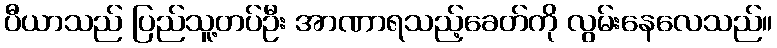
ပီယာသည် ပြည်သူ့တပ်ဦး အာဏာရသည့်ခေတ်ကို လွမ်းနေလေသည်။